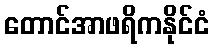
တောင်အာဖရိကနိုင်ငံ